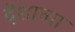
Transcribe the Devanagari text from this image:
देशाच्‍या